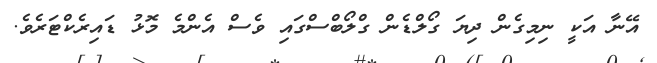
އޭނާ އަކީ ނިމިގެން ދިޔަ ގޯލްޑެން ގްލޯބްސްގައި ވެސް އެންމެ މޮޅު ޑައިރެކްޓަރެވެ.